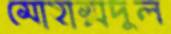
মোহাম্মদুল